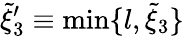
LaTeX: \tilde{\xi}_{3}^{\prime}\equiv\operatorname*{min}\{ l,\tilde{\xi}_{3}\}